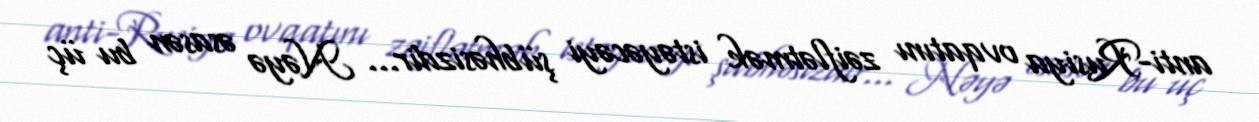
anti-Rusiya ovqatını zəiflətmək istəyəcəyi şübhəsizdir... Nəyə əsasən bu üç